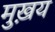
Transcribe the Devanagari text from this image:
मुख़य